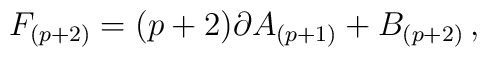
F_{(p+2)}=(p+2)\partial A_{(p+1)}+B_{(p+2)}\, ,